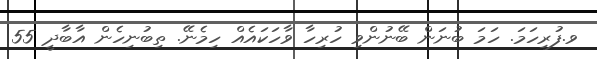
ވ.ފުރިހަމަ. ހަމަ ބުނަން ބޭނުންވި ހުރިހާ ވާހަކައެއް ހިމެނޭ. ތިބުނިހެން އާބާދީ 55